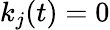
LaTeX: k_{j}(t)=0